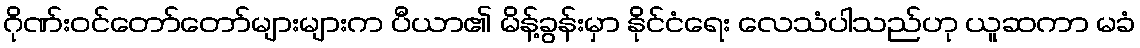
ဂိုဏ်းဝင်တော်တော်များများက ပီယာ၏ မိန့်ခွန်းမှာ နိုင်ငံရေး လေသံပါသည်ဟု ယူဆကာ မခံ